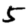
Digit: 5